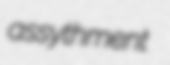
assythment